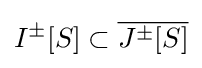
I^{\pm }[S]\subset {\overline {J^{\pm }[S]}}